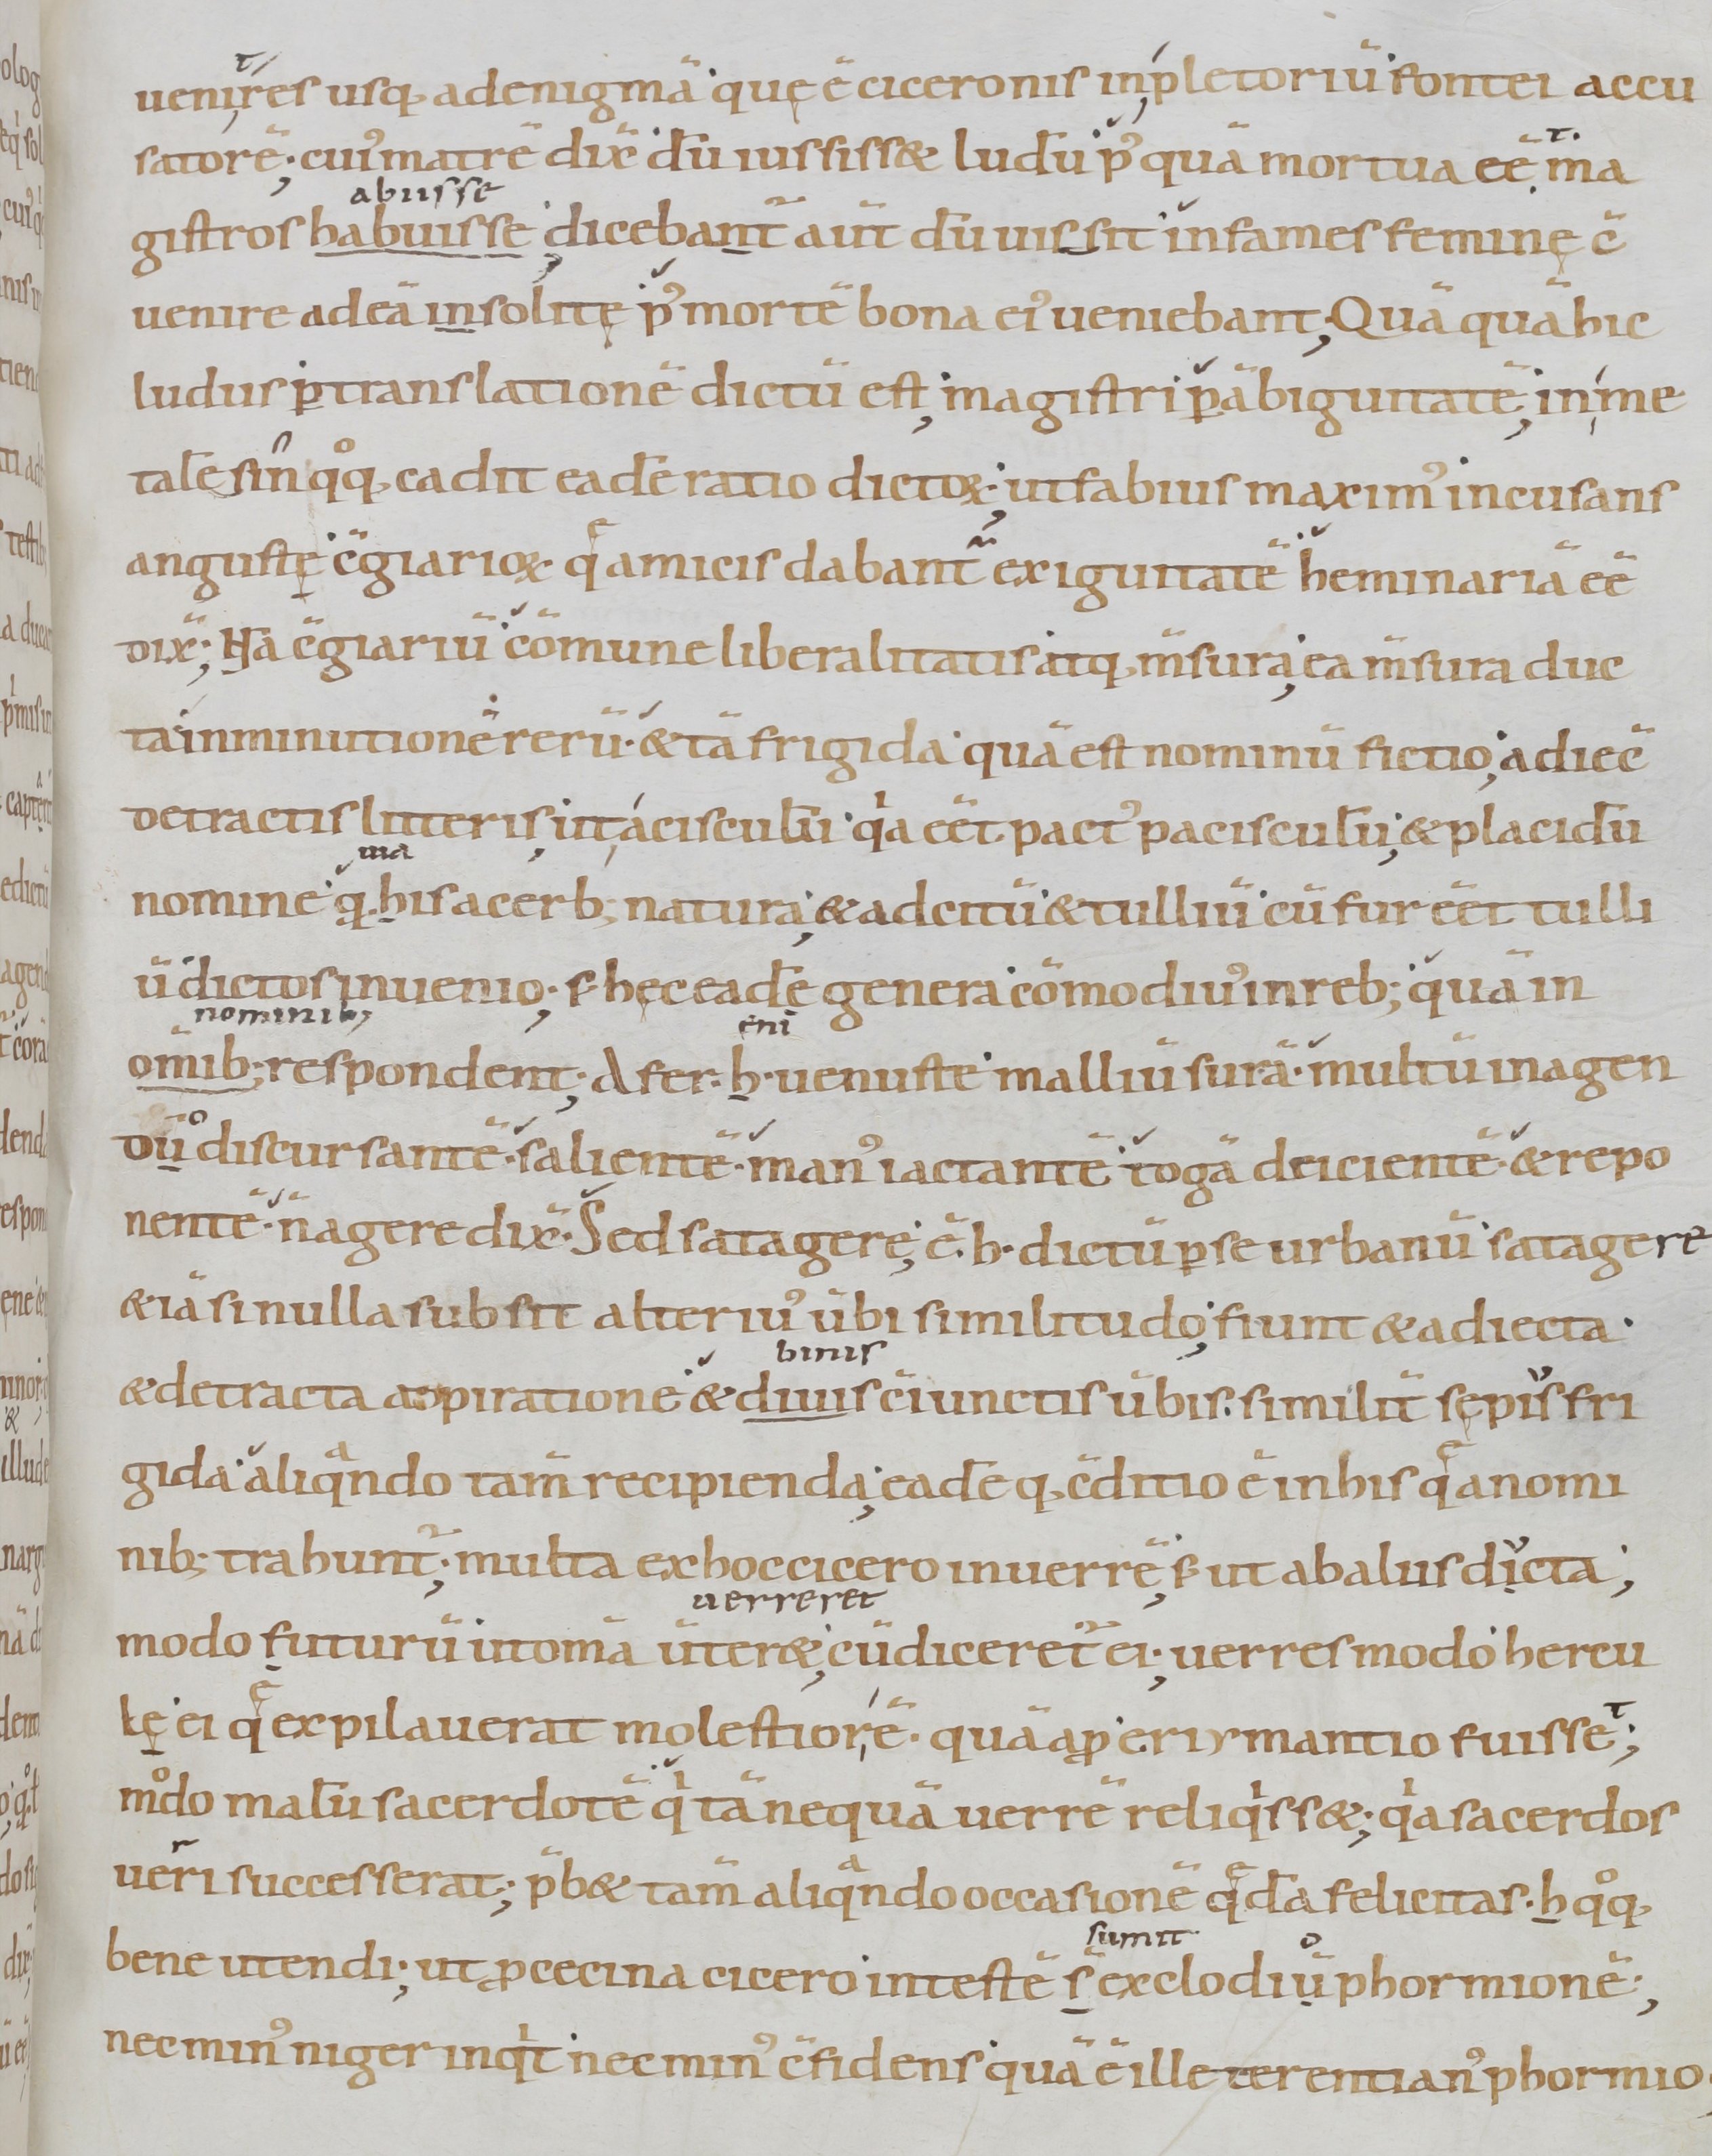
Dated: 900–1099